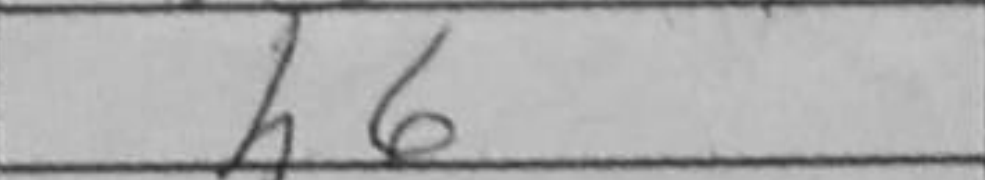
Transcription: h6